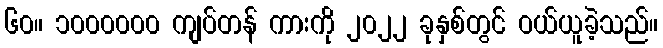
၆၀။ ၁၀၀၀၀၀၀ ကျပ်တန် ကားကို ၂၀၂၂ ခုနှစ်တွင် ဝယ်ယူခဲ့သည်။